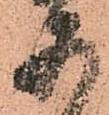
五